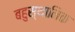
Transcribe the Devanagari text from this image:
बहुस्थानिक